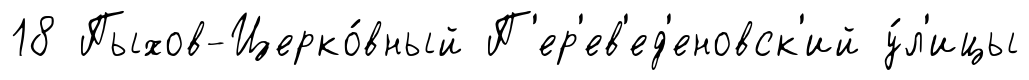
18 Пыхов-Церко́вный П'ер'ев'ед'еновск'ий у́л'ицы